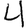
Digit: 4